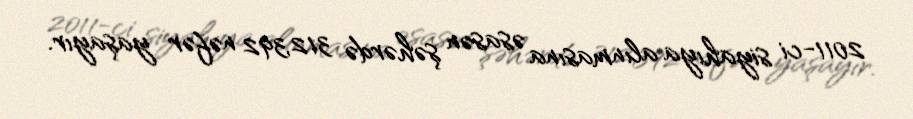
2011-ci siyahıya alınmasına əsasən şəhərdə 312,392 nəfər yaşayır.